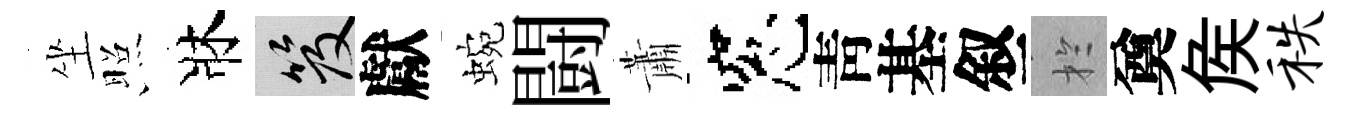
坐照牀笈獻蜿闘蕭窓靑基叙扵奠矦秩